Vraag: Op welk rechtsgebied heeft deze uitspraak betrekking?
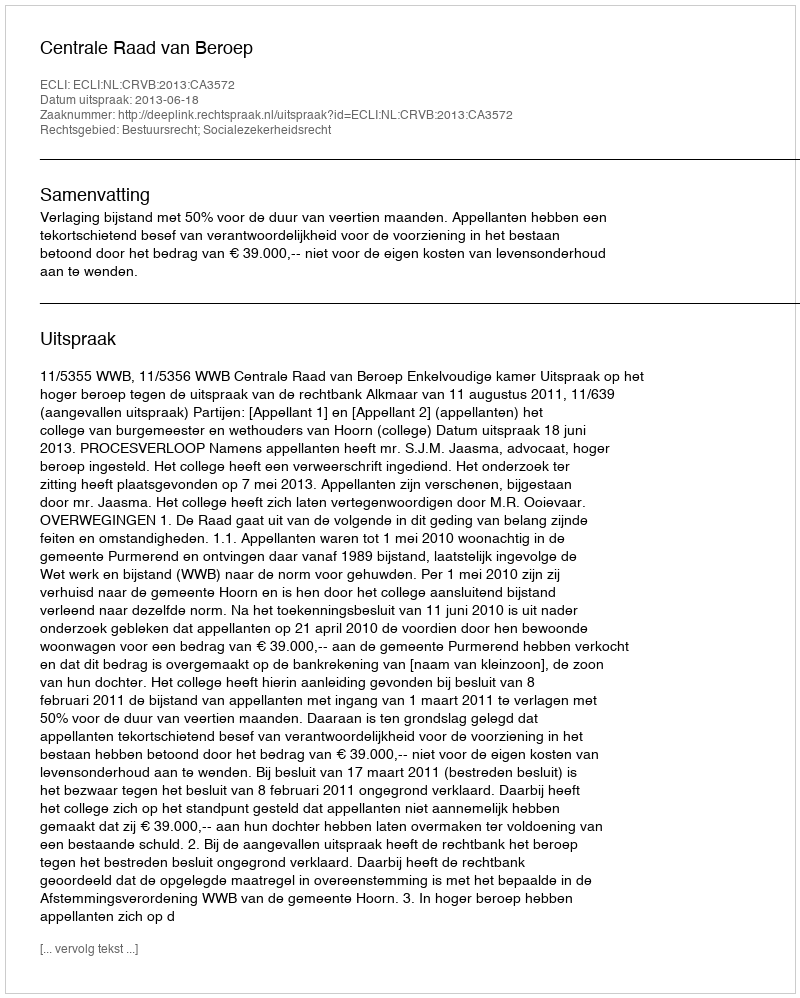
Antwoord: Bestuursrecht; Socialezekerheidsrecht